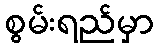
စွမ်းရည်မှာ